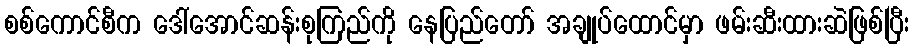
စစ်ကောင်စီက ဒေါ်အောင်ဆန်းစုကြည်ကို နေပြည်တော် အချုပ်ထောင်မှာ ဖမ်းဆီးထားဆဲဖြစ်ပြီး